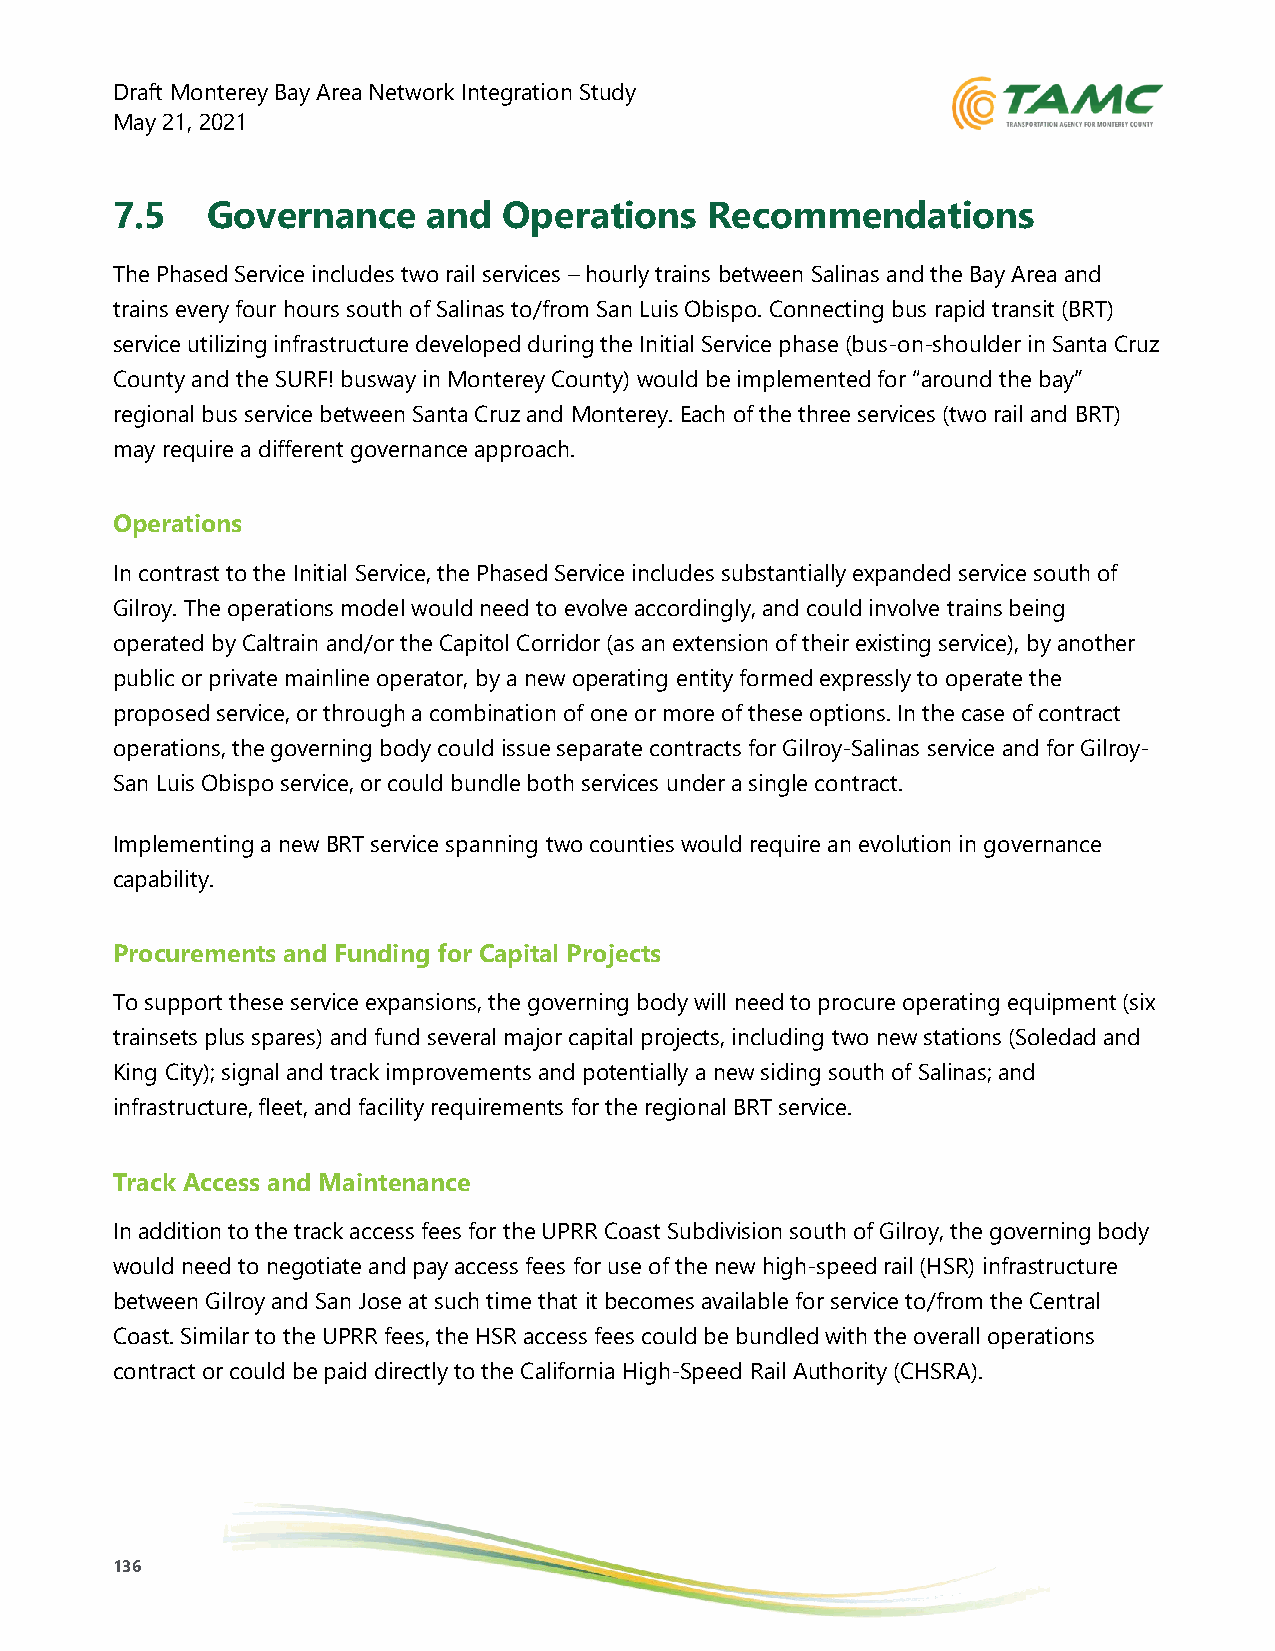
Draft Monterey Bay Area Network Integration Study
 May 21, 2021
 7.5    Governance    and  Operations    Recommendations
 The Phased Service includes two rail services – hourly trains between Salinas and the Bay Area and
 trains every four hours south of Salinas to/from San Luis Obispo. Connecting bus rapid transit (BRT)
 service utilizing infrastructure developed during the Initial Service phase (bus-on-shoulder in Santa Cruz
 County and the SURF! busway in Monterey County) would be implemented for “around the bay”
 regional bus service between Santa Cruz and Monterey. Each of the three services (two rail and BRT)
 may require a different governance approach.
 Operations
 In contrast to the Initial Service, the Phased Service includes substantially expanded service south of
 Gilroy. The operations model would need to evolve accordingly, and could involve trains being
 operated by Caltrain and/or the Capitol Corridor (as an extension of their existing service), by another
 public or private mainline operator, by a new operating entity formed expressly to operate the
 proposed service, or through a combination of one or more of these options. In the case of contract
 operations, the governing body could issue separate contracts for Gilroy-Salinas service and for Gilroy-
 San Luis Obispo service, or could bundle both services under a single contract.
 Implementing a new BRT service spanning two counties would require an evolution in governance
 capability.
 Procurements and Funding for Capital Projects
 To support these service expansions, the governing body will need to procure operating equipment (six
 trainsets plus spares) and fund several major capital projects, including two new stations (Soledad and
 King City); signal and track improvements and potentially a new siding south of Salinas; and
 infrastructure, fleet, and facility requirements for the regional BRT service.
 Track Access and Maintenance
 In addition to the track access fees for the UPRR Coast Subdivision south of Gilroy, the governing body
 would need to negotiate and pay access fees for use of the new high-speed rail (HSR) infrastructure
 between Gilroy and San Jose at such time that it becomes available for service to/from the Central
 Coast. Similar to the UPRR fees, the HSR access fees could be bundled with the overall operations
 contract or could be paid directly to the California High-Speed Rail Authority (CHSRA).
 136